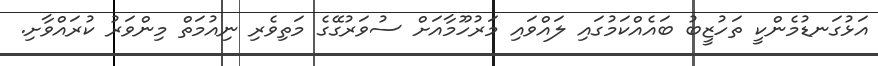
އަޅުގަނޑުމެންކީ ތަހުޒީބު ބައެއްކަމުގައި ލައްވައި މަރުހޫމާއަށް ސުވަރުގޭގެ މަތިވެރި ނިއުމަތް މިންވަރު ކުރައްވާށި.